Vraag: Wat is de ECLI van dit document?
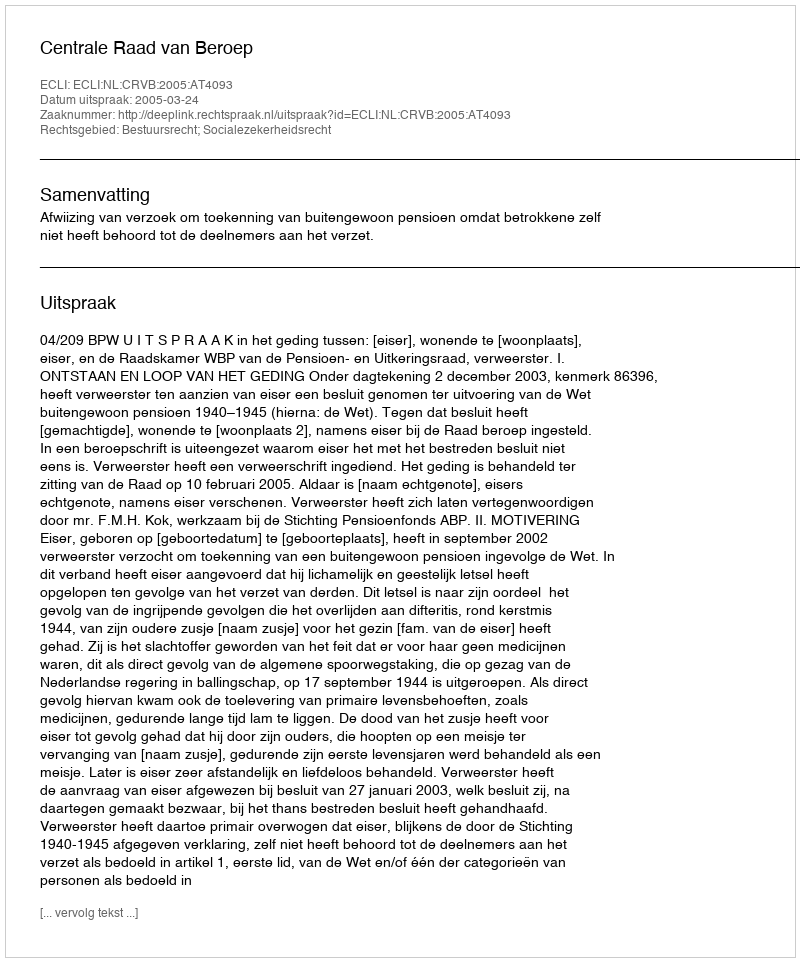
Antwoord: ECLI:NL:CRVB:2005:AT4093